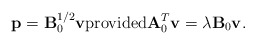
\begin{align*}{\bf p} = {\bf B}_0 ^{1/2} {\bf v}\mbox{provided}{\bf A} _0^T {\bf v} = \lambda {\bf B}_0 {\bf v}.\end{align*}